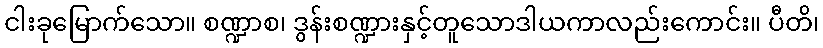
ငါးခုမြောက်သော။ စဏ္ဍာစ၊ ဒွန်းစဏ္ဍားနှင့်တူသောဒါယကာလည်းကောင်း။ ပီတိ၊